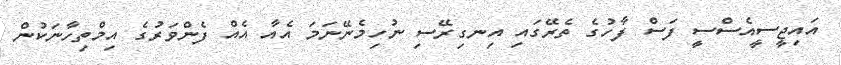
އައިޖީސީއެސްސީ ފަސް ފާހުގެ ތެރޭގައި އިނގިރޭސި ނުހިމެނޭނަމަ އެއާ އެއް ފެންވަރުގެ އިމްތިހާނަކުން